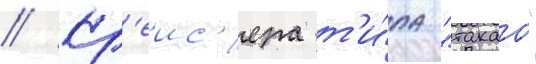
// Кр'еис'ера т'и́па "такао"